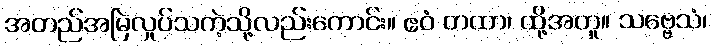
အတည်အမြဲလှုပ်သကဲ့သို့လည်းကောင်း။ ဧဝံ တထာ၊ ထို့အတူ။ သဗ္ဗေသံ၊